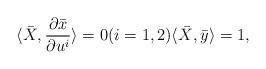
LaTeX: \begin{align*}\langle \bar{X},\frac{\partial \bar{x}}{\partial u^{i}}\rangle=0(i=1,2)\langle \bar{X},\bar{y}\rangle=1, \end{align*}